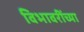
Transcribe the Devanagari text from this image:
विभावरींच्या